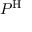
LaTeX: P ^ { \mathrm { H } }